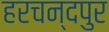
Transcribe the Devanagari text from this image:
हरचन्दपुर